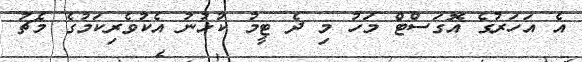
އެ އަހަރުގެ އޮގަސްޓް މަހު މި ދެ ޓީމު ކުޅުނު އެކުވެރިކަމުގެ މެޗު